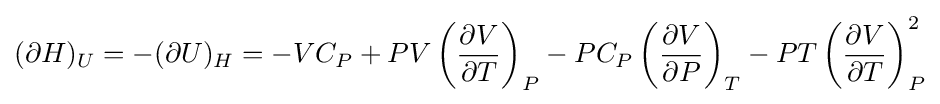
(\partial H)_{U}=-(\partial U)_{H}=-VC_{P}+PV\left({\frac {\partial V}{\partial T}}\right)_{P}-PC_{P}\left({\frac {\partial V}{\partial P}}\right)_{T}-PT\left({\frac {\partial V}{\partial T}}\right)_{P}^{2}